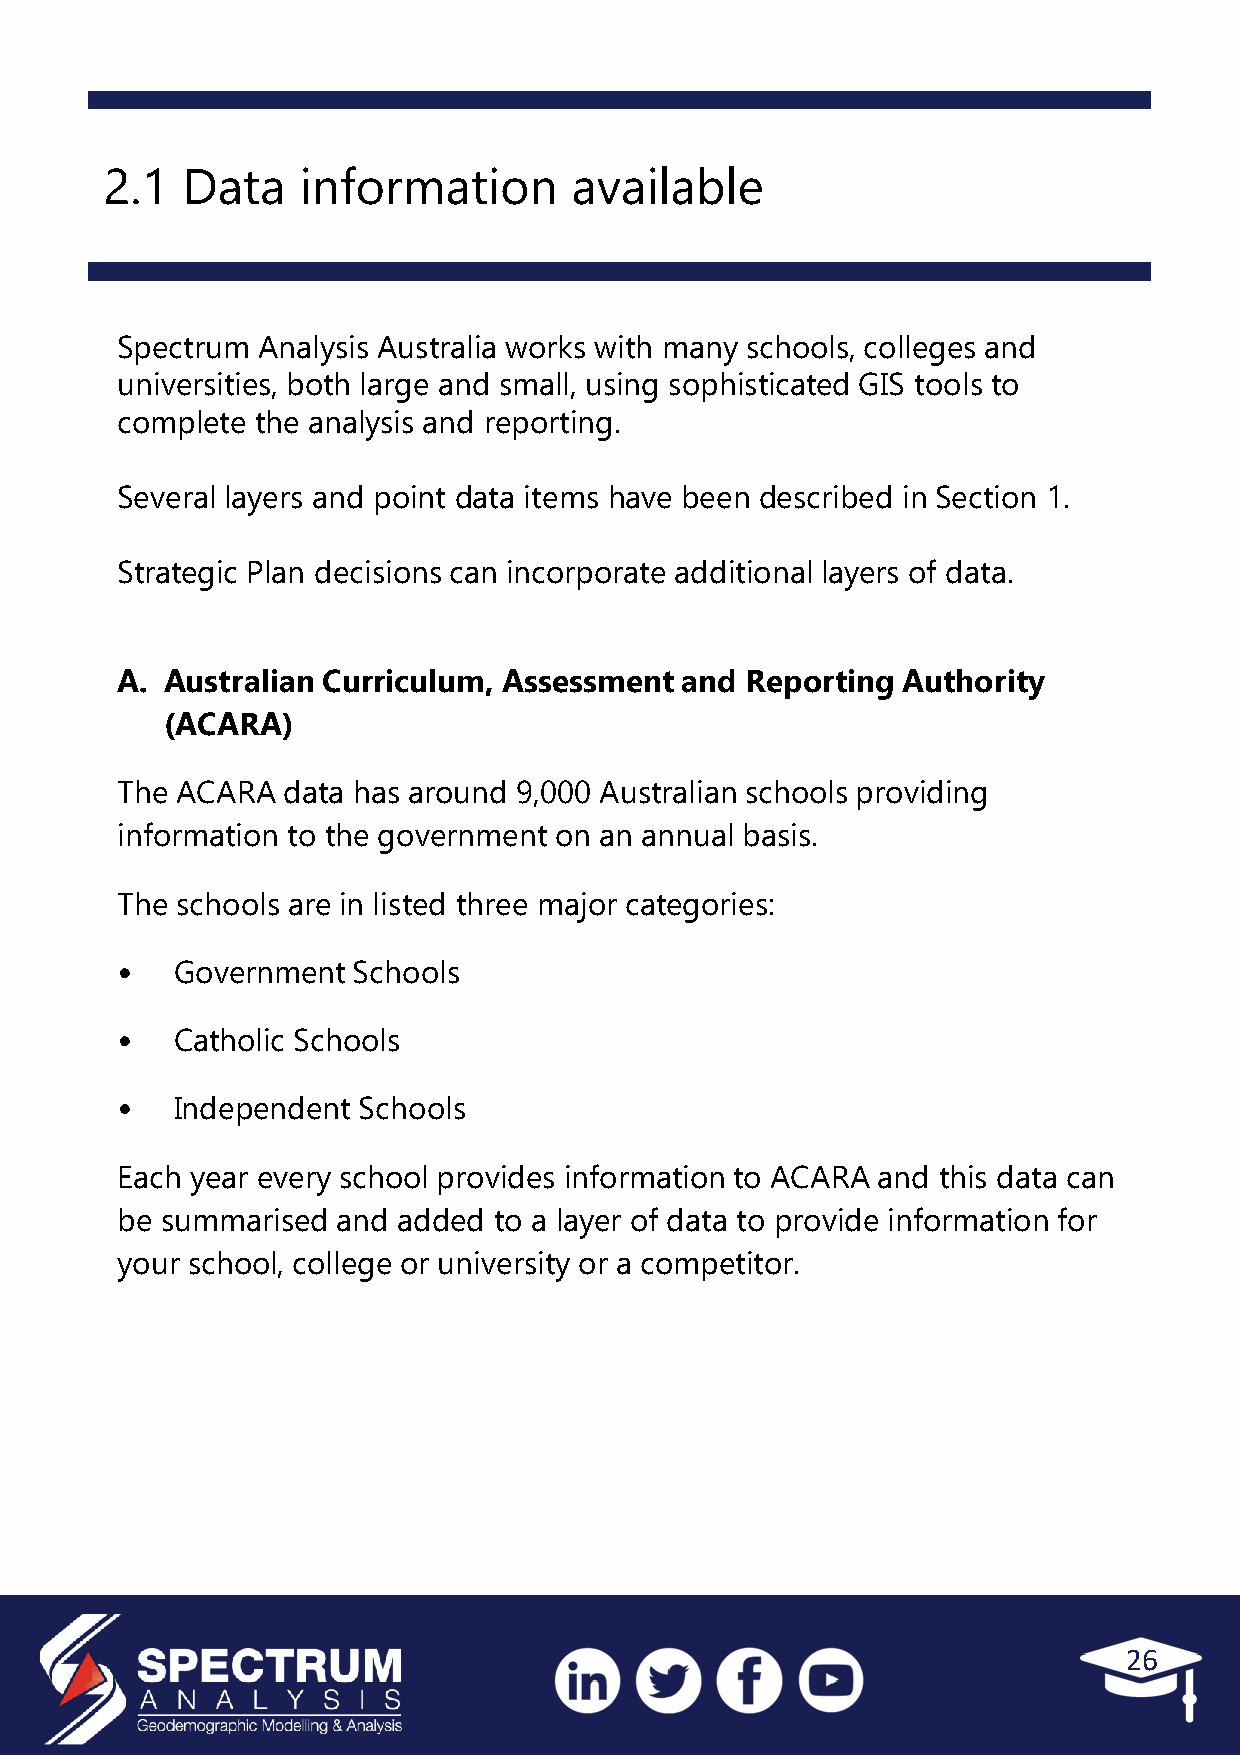
2.1  Data    information       available
 Spectrum Analysis Australia works with many schools, colleges and
 universities, both large and small, using sophisticated GIS tools to
 complete the analysis and reporting.
 Several layers and point data items have been described in Section 1.
 Strategic Plan decisions can incorporate additional layers of data.
 A. Australian Curriculum, Assessment and Reporting  Authority
 (ACARA)
 The ACARA  data has around 9,000 Australian schools providing
 information to the government on an annual basis.
 The schools are in listed three major categories:
 •   Government Schools
 •   Catholic Schools
 •   Independent Schools
 Each year every school provides information to ACARA and this data can
 be summarised and added  to a layer of data to provide information for
 your school, college or university or a competitor.
 26